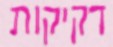
דקיקות